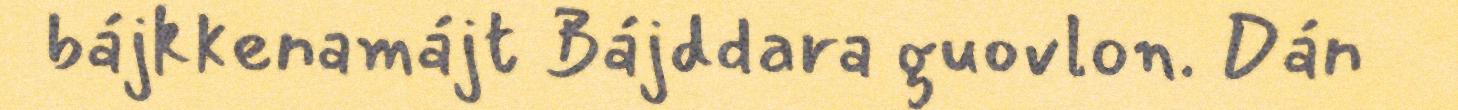
bájkkenamájt Bájddara guovlon. Dán